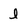
Character: l